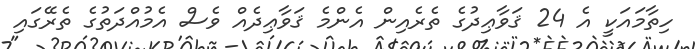
ހިތާމައަކީ އެ 24 ޤަވާޢިދުގެ ތެރެއިން އެންމެ ޤަވާޢިދެއް ވެސް އެމުއްދަތުގެ ތެރޭގައި